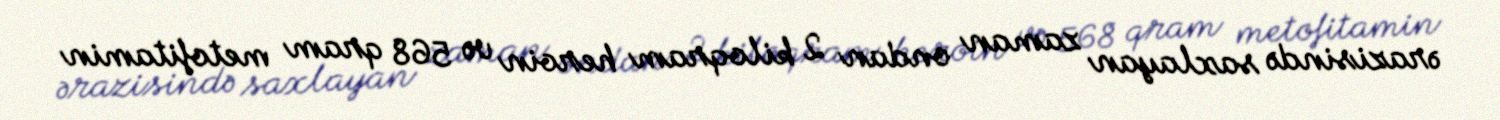
ərazisində saxlayan zaman ondan 2 kiloqram heroin və 568 qram metofitamin